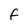
Character: f